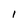
Character: l